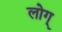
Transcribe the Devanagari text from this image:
लोग्